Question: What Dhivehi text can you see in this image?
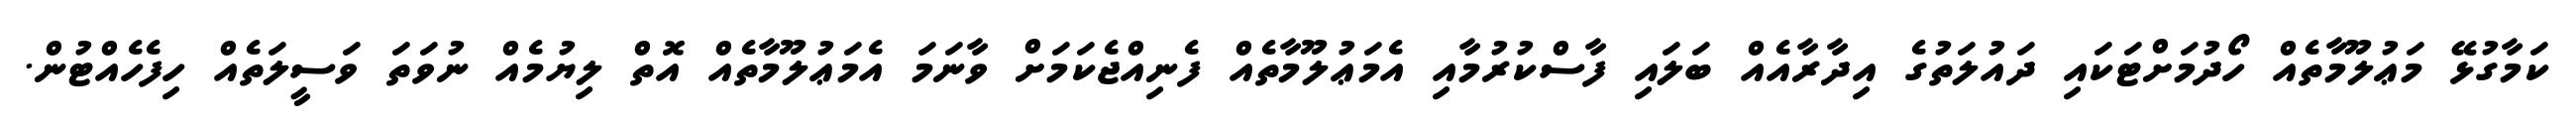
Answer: ކަމާގުޅޭ މަޢުލޫމާތެއް ހޯދުމަށްޓަކައި ދައުލަތުގެ އިދާރާއެއް ބަލައި ފާސްކުރުމާއި އެމަޢުލޫމާތެއް ފެނިއްޖެކަމަށް ވާނަމަ އެމަޢުލޫމާތެއް އޮތް ލިޔުމެއް ނުވަތަ ވަސީލަތެއް ހިފެހެއްޓުން.